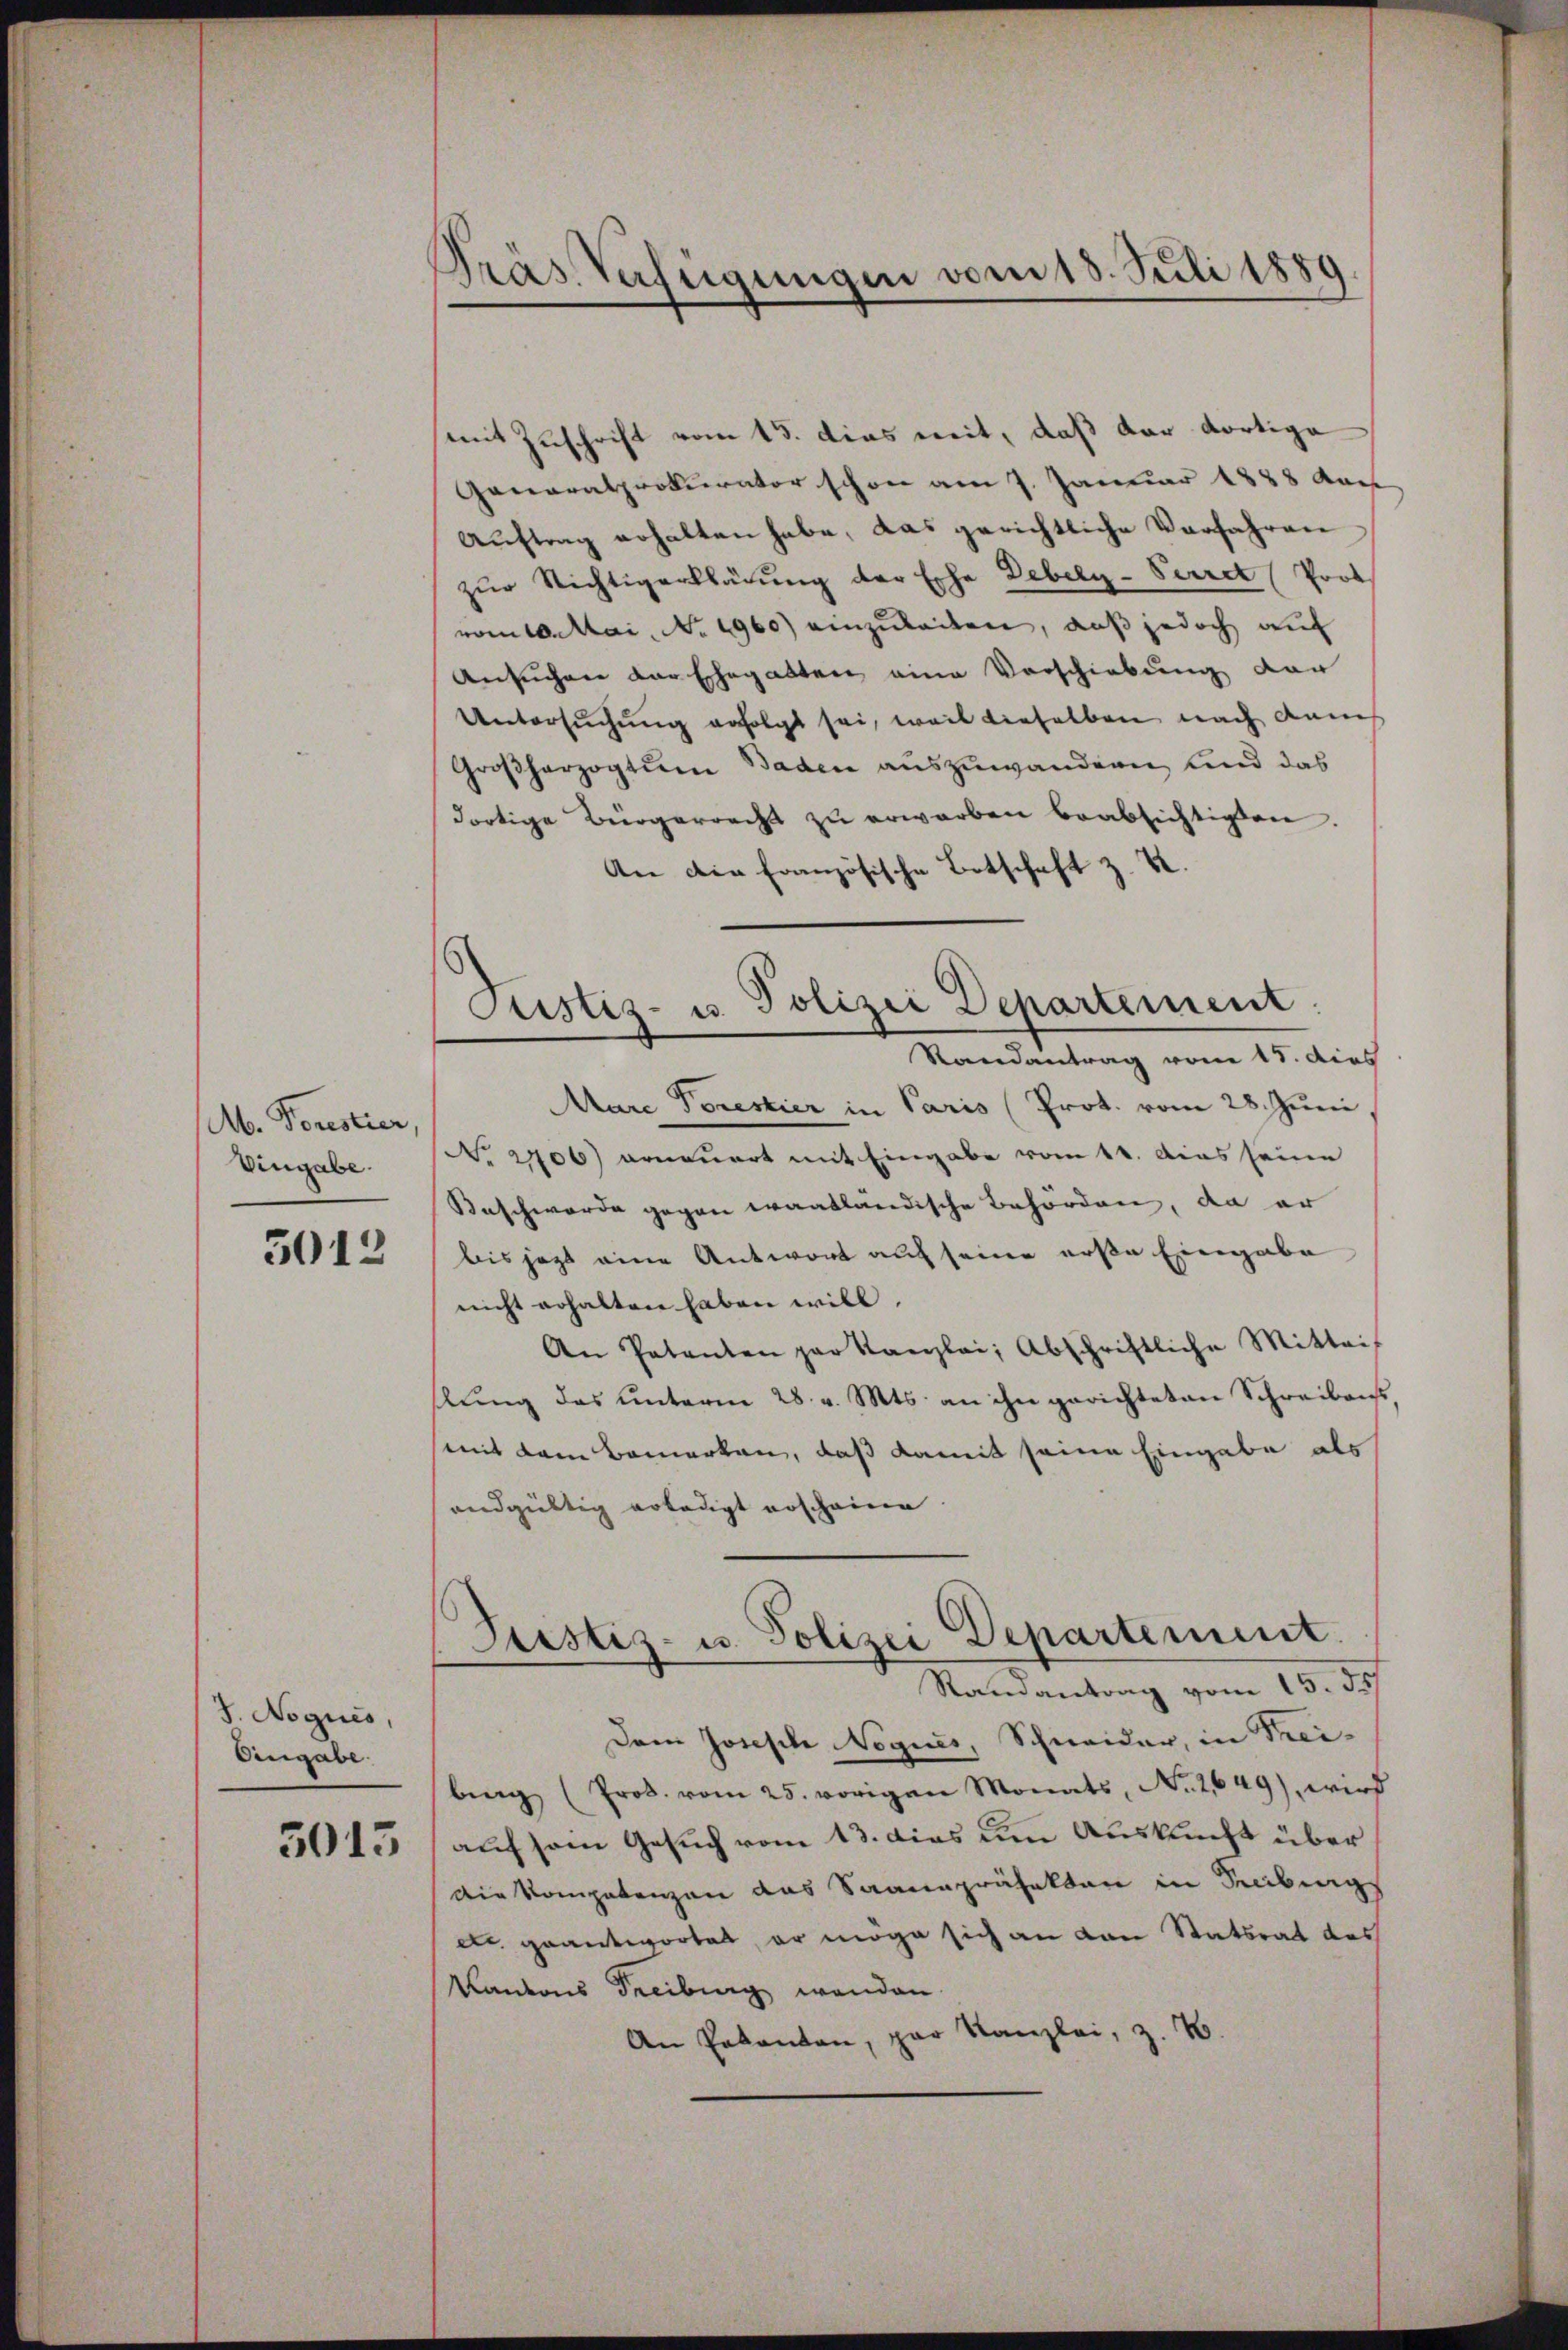
Mb. Forestier,
Vingabe.

5012

J. Noqués,
Eingabe.

3013

Präs. Verfügungen vom 18. Juli 1889.

Justiz- u. Polizei Departement.
Randantrag vom 15. dies

mit Zuschrift vom 15. dies weit, daß der dortiga
Generalprokurator schon am 7. Januar 1858 dac
Auftrag erhalten habe, das gerichtliche Verfahren
zur Nichtigerklärung der Erhe Debely-Secret (Prot
vom 10. Mai, No. 1960) einzuleiten, daß jedoch auf
Ansuchen der Ehegatten eine Vorschiebung vor
Untersuchung erfolgt sei, weil dieselben nach dann
Großherzogtum Baden auszuwandern, und das
dortige Bürgerrecht zŭ erwarben beabsichtigten.
An die französische Botschaft z. K.
MMare Forestier in Paris (Prot. vom 28. Juni,
No 2106) erneuert mit Eingabe vom 11. Aus seine
Beschwerde gegen wantländische Behörden, da er
bis jezt eine Antwort auf seine erste Eingabe
nicht erhalten haben will.
An Patenten par Kanzlei, Abschriftliche Mitteif
hlung des unterm 28. v. Mts. an ihn gerichteten Schreibens
mit dem Bemerken, daß damit seine Eingabe als
andgültig erledigt erscheine
Justiz- u. Polizei Departement.
Randantrag vom 15. ds.
Dem Joseph Negues, Schneider, in Treibing (Prod. vom 25. vorigen Monats, No. 2649), wird
auf sein Gesuch vom 13. dies um Auskunft über
Die Kompetenzen das Saanapräfekten in Seebungs
ett geantwortet, er möge sich an den Statsrat des
Kantons Freiburg wenden
An Pakanton, par Kanzlei, z. B.